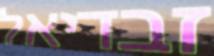
זבדיאל